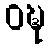
ဝဍ္ဎ